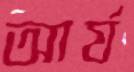
আর্য